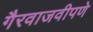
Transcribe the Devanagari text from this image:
गैरवाजवीपणे